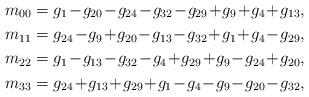
LaTeX: \begin{align*}m_{00}&=g_{1}\!-\!g_{20}\!-\!g_{24}\!-\!g_{32}\!-\!g_{29}\!+\!g_{9}\!+\!g_{4}\!+\!g_{13},\\m_{11}&=g_{24}\!-\!g_{9}\!+\!g_{20}\!-\!g_{13}\!-\!g_{32}\!+\!g_{1}\!+\!g_{4}\!-\!g_{29},\\m_{22}&=g_{1}\!-\!g_{13}\!-\!g_{32}\!-\!g_{4}\!+\!g_{29}\!+\!g_{9}\!-\!g_{24}\!+\!g_{20},\\m_{33}&=g_{24}\!+\!g_{13}\!+\!g_{29}\!+\!g_{1}\!-\!g_{4}\!-\!g_{9}\!-\!g_{20}\!-\!g_{32},\end{align*}